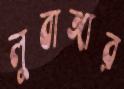
লুবাঙ্গার